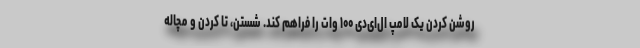
روشن کردن یک لامپ ال‌ای‌دی ۱۰۰ وات را فراهم کند. شستن، تا کردن و مچاله